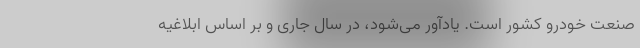
صنعت خودرو کشور است. یادآور می‌شود، در سال جاری و بر اساس ابلاغیه